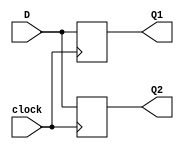
/*
 * Blocking Assignment Example
 * ===========================
 *
 */

module BlockingExample (
    input clock, 
    input D, 
    output reg Q1,
    output reg Q2
);

always @( posedge clock ) begin //At to rising edge of clock
    Q1 = D;  //Set Q1 equal to D
    Q2 = Q1; //Then set Q2 equal to Q1
end
endmodule